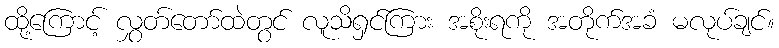
ထို့ကြောင့် လွှတ်တော်ထဲတွင် လူသိရှင်ကြား အစိုးရကို အတိုက်အခံ မလုပ်ချင်။